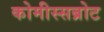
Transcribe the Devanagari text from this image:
कोमीस्सब्रोट